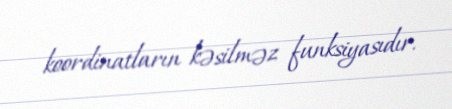
koordinatların kəsilməz funksiyasıdır.